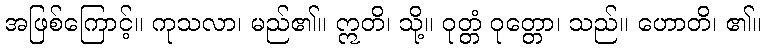
အဖြစ်ကြောင့်။ ကုသလာ၊ မည်၏။ ဣတိ၊ သို့။ ဝုတ္တံ ဝုတ္တော၊ သည်။ ဟောတိ၊ ၏။